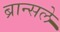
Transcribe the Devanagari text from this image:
ब्रान्सले